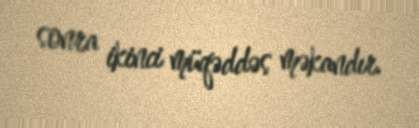
sonra ikinci müqəddəs məkandır.